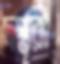
দপ্তরী